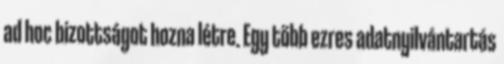
ad hoc bizottságot hozna létre. Egy több ezres adatnyilvántartás